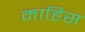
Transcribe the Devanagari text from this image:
माहिस